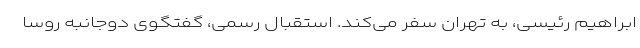
ابراهیم رئیسی، به تهران سفر می‌کند. استقبال رسمی، گفتگوی دوجانبه روسا